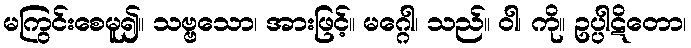
မကြွင်းစေမူ၍။ သဗ္ဗသော၊ အားဖြင့်။ မဂ္ဂေါ၊ သည်။ ဝါ၊ ကို။ ဥပ္ပါဋိတော၊